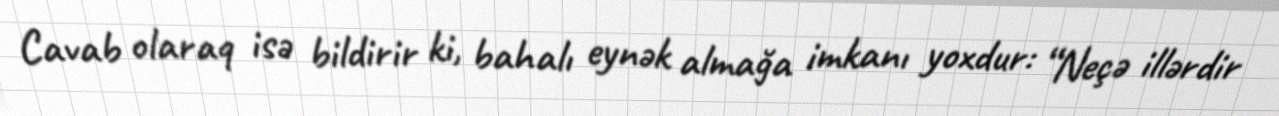
Cavab olaraq isə bildirir ki, bahalı eynək almağa imkanı yoxdur: “Neçə illərdir